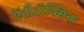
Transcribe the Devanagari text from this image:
ऐंटीटॉक्सिक